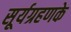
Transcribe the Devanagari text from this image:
सूर्यग्रहणके